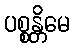
ပစ္စန္တိမေ